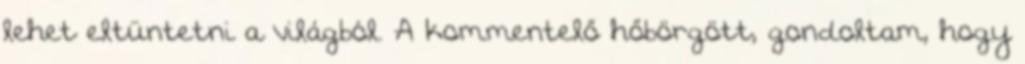
lehet eltüntetni a világból. A kommentelő hőbörgött, gondoltam, hogy